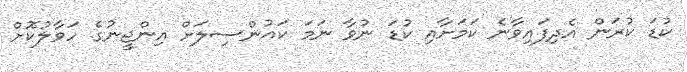
ކުޑަ ކުރަން އެދިފައިވާނެ ކަމަށާއި ކުޑަ ނުވާ ނަމަ ކައުންސިލަށް އިންޖީނުގެ ހަވާލުކޮށް